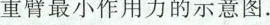
重臂最小作用力的示意图。